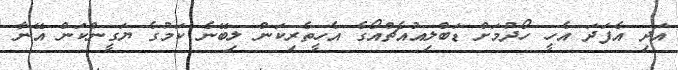
އަދި އެފަދަ އެހީ ހޯދުމަށް ޑަބްލިއުއެޗްއޯގެ އެހީތެރިކަން ލިބޭނެ ކަމުގެ ޔަގީންކަން އޭނާ